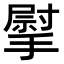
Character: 𢲴